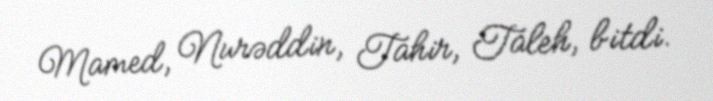
Mamed, Nurəddin, Tahir, Taleh, bitdi.